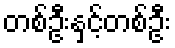
တစ်ဦးနှင့်တစ်ဦး